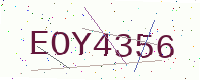
Text: EOY4356